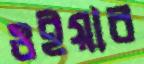
ওইয়ার